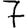
Digit: 7